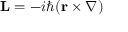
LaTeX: \mathbf { L } = - i \hbar ( \mathbf { r } \times \nabla )